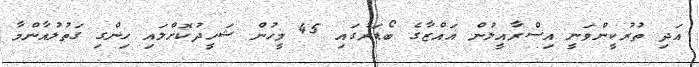
އަދި ތުރުކީންވަނީ އިސްރާއީލުން ޣައްޒާގެ ބޯޑަރުގައި 45 މީހުން ޝަހީދުކޮށްލައި ހިންގި ގަތުލުއާންމާ